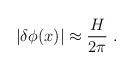
LaTeX: \begin{align*}|\delta\phi(x)| \approx \frac{H}{2\pi}\ .\end{align*}